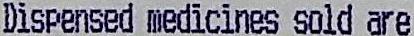
DISPENSED MEDICINES SOLD ARE